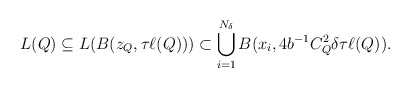
\begin{align*} L(Q) \subseteq L(B(z_Q, \tau\ell(Q))) \subset \bigcup_{i=1}^{N_\delta} B(x_i, 4b^{-1} C_Q^2 \delta \tau \ell(Q)). \end{align*}